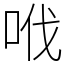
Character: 𠲎